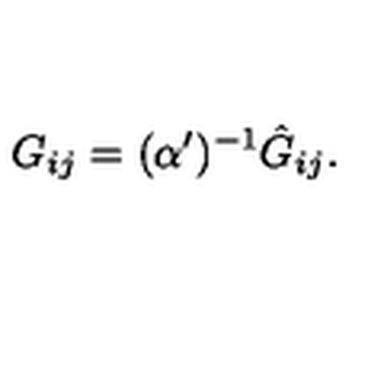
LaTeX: G _ { i j } = ( \alpha ^ { \prime } ) ^ { - 1 } \hat { G } _ { i j } .